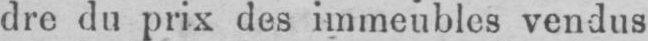
dre du prix des immeubles vendus